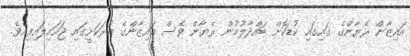
އައިޒާން ރެޔާންގެ ގައިގައި ކުޑަކޮށް ބައްދާލުމުން ރެޔާން ވެސް އައިޒާންގެ ބުރަކަށީގައި ޖަހައިލައިފިއެވެ.